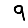
Digit: 9